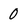
Character: 0